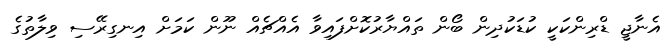
އެނާޖީ ޑްރިންކަކީ ކުޑަކުދިން ބޯން ތައްޔާރުކޮށްފައިވާ އެއްޗެއް ނޫން ކަމަށް އިނގިރޭސި ވިލާތުގެ